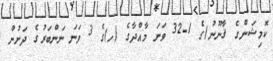
ކޮމިޝަންގެ ޤާނޫނު)ގެ 1-32 ވަނަ މާއްދާގެ (ހ)ގެ 3 ވަނަ ނަންބަރުގެ ދަށުން